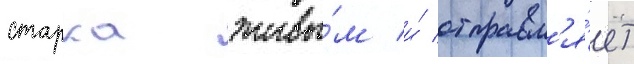
старка живы́м и́ отправл'я́ет